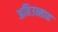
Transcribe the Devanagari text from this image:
अतिउत्साह